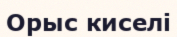
Орыс киселі